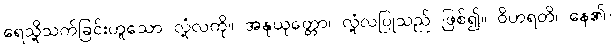
ရေသို့သက်ခြင်းဟူသော လုံ့လကို။ အနုယုတ္တော၊ လုံ့လပြုသည် ဖြစ်၍။ ဝိဟရတိ၊ နေ၏။